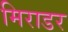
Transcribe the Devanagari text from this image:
मिराडर